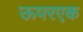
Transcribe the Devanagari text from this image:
ऊपरएक